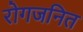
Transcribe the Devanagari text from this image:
रोगजनित